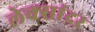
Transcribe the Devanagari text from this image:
लेक्सांदर